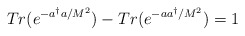
\begin{align*}Tr(e^{-a^{\dagger}a/M^{2}}) - Tr(e^{-aa^{\dagger}/M^{2}}) = 1\end{align*}